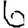
Digit: 6